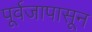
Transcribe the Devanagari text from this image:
पूर्वजापासून